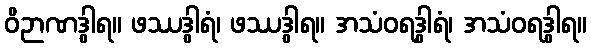
ဝိဉာဏဒွါရ။ ဖဿဒွါရံ၊ ဖဿဒွါရ။ အသံဝရဒွါရံ၊ အသံဝရဒွါရ။